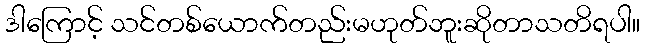
ဒါကြောင့် သင်တစ်ယောက်တည်းမဟုတ်ဘူးဆိုတာသတိရပါ။